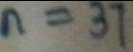
n = 3 7